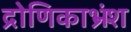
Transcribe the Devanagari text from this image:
द्रोणिकाभ्रंश